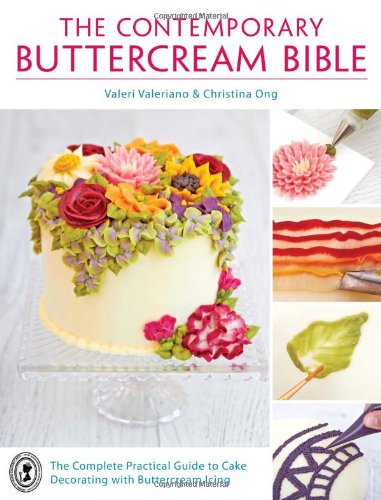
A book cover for The Contemporary Buttercream Bible: The Complete Practical Guide to Cake Decorating with Buttercream Icing; Valeri Valeriano; Cookbooks, Food & Wine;